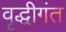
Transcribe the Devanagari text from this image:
वृद्धीगंत